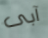
آبى